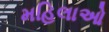
મહિલાઓ